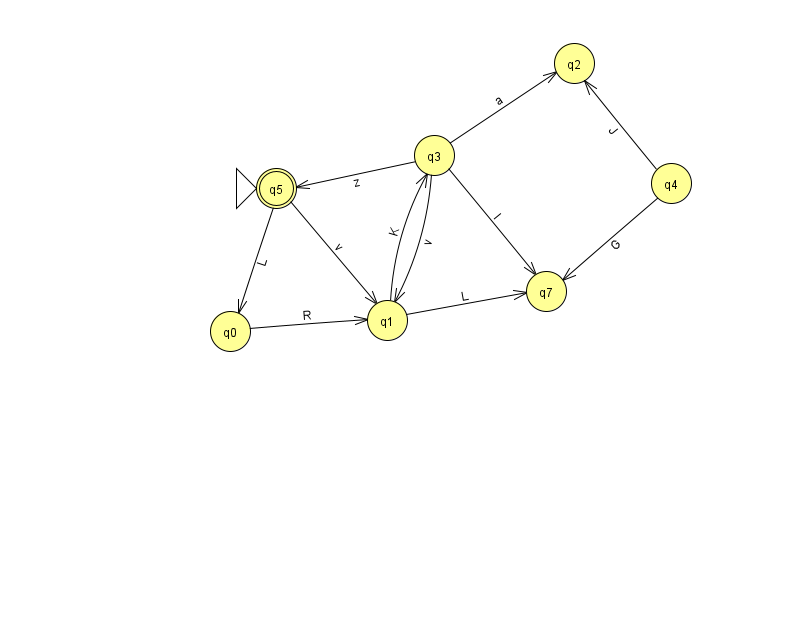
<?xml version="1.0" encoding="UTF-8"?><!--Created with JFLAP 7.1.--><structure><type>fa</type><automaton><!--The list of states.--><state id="0" name="q0"><x>230.0</x><y>318.0</y></state><state id="1" name="q1"><x>387.0</x><y>307.0</y></state><state id="2" name="q2"><x>574.0</x><y>50.0</y></state><state id="3" name="q3"><x>434.0</x><y>142.0</y></state><state id="4" name="q4"><x>671.0</x><y>170.0</y></state><state id="5" name="q5"><x>276.0</x><y>175.0</y><initial/><final/></state><state id="7" name="q7"><x>546.0</x><y>278.0</y></state><!--The list of transitions.--><transition><from>0</from><to>1</to><read>R</read></transition><transition><from>5</from><to>1</to><read>v</read></transition><transition><from>1</from><to>7</to><read>L</read></transition><transition><from>3</from><to>7</to><read>I</read></transition><transition><from>4</from><to>7</to><read>G</read></transition><transition><from>3</from><to>1</to><read>v</read></transition><transition><from>5</from><to>0</to><read>L</read></transition><transition><from>1</from><to>3</to><read>K</read></transition><transition><from>4</from><to>2</to><read>J</read></transition><transition><from>3</from><to>5</to><read>z</read></transition><transition><from>3</from><to>2</to><read>a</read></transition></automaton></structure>